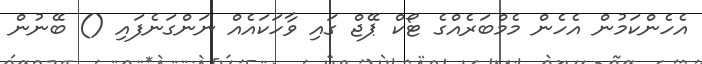
އެހެންކަމުން އެހެން މެމްބަރެއްގެ ޓޯކް ޕޭޖް ގައި ވާހަކައެއް ނަންގަނެފައި () ބޭނުން